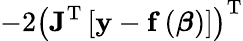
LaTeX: -2\left(\mathbf{J}^{\mathrm{T}}\left[\mathbf{y}-\mathbf{f}\left({\boldsymbol{\beta}}\right)\right]\right)^{\mathrm{T}}